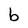
Character: b